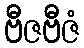
ဗီဇဗီဇံ